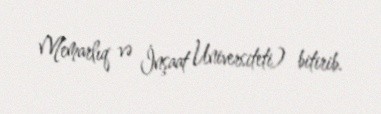
Memarlıq və İnşaat Universiteti) bitirib.